Vaccination North-Western Provinces 1866-1877 - 1866-1877
Year: 1866
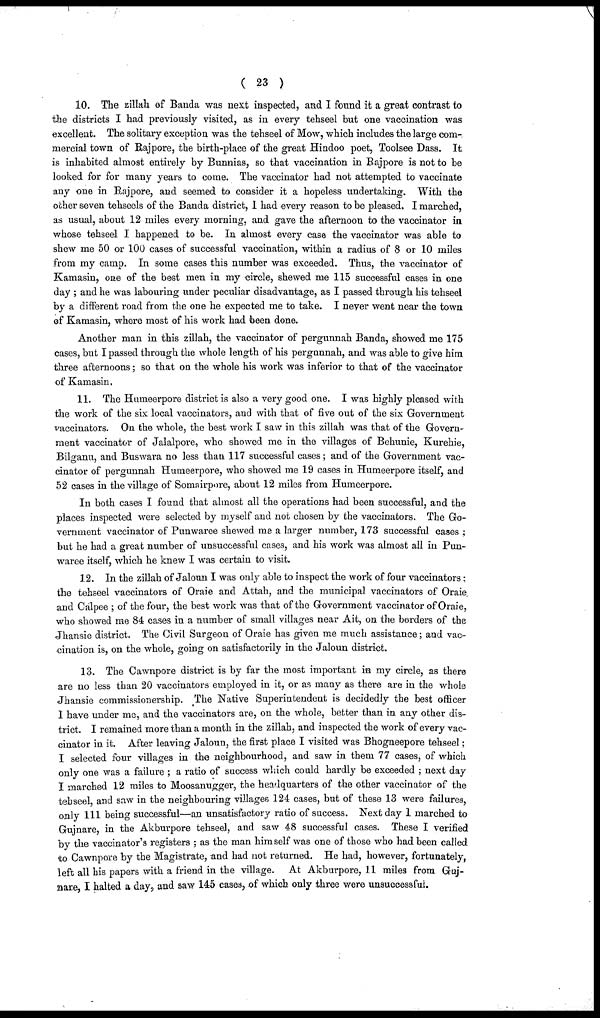
( 23 )
10. The zillah of Banda was next inspected, and I found it a great contrast to
the districts I had previously visited, as in every tehseel but one vaccination was
excellent. The solitary exception was the tehseel of Mow, which includes the large com-
mercial town of Rajpore, the birth-place of the great Hindoo poet, Toolsee Dass. It
is inhabited almost entirely by Bunnias, so that vaccination in Rajpore is not to be
looked for for many years to come. The vaccinator had not attempted to vaccinate
any one in Rajpore, and seemed to consider it a hopeless undertaking. With the
other seven tehseels of the Banda district, I had every reason to be pleased. I marched,
as usual, about 12 miles every morning, and gave the afternoon to the vaccinator in
whose tehseel I happened to be. In almost every case the vaccinator was able to
shew me 50 or 100 cases of successful vaccination, within a radius of 8 or 10 miles
from my camp. In some cases this number was exceeded. Thus, the vaccinator of
Kamasin, one of the best men in my circle, shewed me 115 successful cases in one
day ; and he was labouring under peculiar disadvantage, as I passed through his tehseel
by a different road from the one he expected me to take. I never went near the town
of Kamasin, where most of his work had been done.
Another man in this zillah, the vaccinator of pergunnah Banda, showed me 175
cases, but I passed through the whole length of his pergunnah, and was able to give him
three afternoons; so that on the whole his work was inferior to that of the vaccinator
of Kamasin.
11. The Humeerpore district is also a very good one. I was highly pleased with
the work of the six local vaccinators, and with that of five out of the six Government
vaccinators. On the whole, the best work I saw in this zillah was that of the Govern-
ment vaccinator of Jalalpore, who showed me in the villages of Behunie, Kurehie,
Bilganu, and Buswara no less than 117 successful cases; and of the Government vac-
cinator of pergunnah Humeerpore, who showed me 19 cases in Humeerpore itself, and
52 cases in the village of Somairpore, about 12 miles from Humeerpore.
In both cases I found that almost all the operations had been successful, and the
places inspected were selected by myself and not chosen by the vaccinators. The Go-
vernment vaccinator of Punwaree shewed me a larger number, 173 successful cases;
but he had a great number of unsuccessful cases, and his work was almost all in Pun¬
waree itself, which he knew I was certain to visit.
12. In the zillah of Jaloun I was only able to inspect the work of four vaccinators;
the tehseel vaccinators of Oraie and Attah, and the municipal vaccinators of Oraie
and Calpee; of the four, the best work was that of the Government vaccinator of Oraie,
who showed me 84 cases in a number of small villages near Ait, on the borders of the
Jhansie district. The Civil Surgeon of Oraie has given me much assistance; and vac-
cination is, on the whole, going on satisfactorily in the Jaloun district.
13. The Cawnpore district is by far the most important in my circle, as there
are no less than 20 vaccinators employed in it, or as many as there are in the whole
Jhansie commissionership. The Native Superintendent is decidedly the best officer
I have under me, and the vaccinators are, on the whole, better than in any other dis-
trict. I remained more than a month in the zillah, and inspected the work of every vac-
cinator in it. After leaving Jaloun, the first place I visited was Bhogneepore tehseel;
I selected four villages in the neighbourhood, and saw in them 77 cases, of which
only one was a failure ; a ratio of success which could hardly be exceeded ; next day
I marched 12 miles to Moosanugger, the headquarters of the other vaccinator of the
tehseel, and saw in the neighbouring villages 124 cases, but of these 13 were failures,
only 111 being successful—an unsatisfactory ratio of success. Next day 1 marched to
Gujnare, in the Akburpore tehseel, and saw 48 successful cases. These I verified
by the vaccinator's registers ; as the man himself was one of those who had been called
to Cawnpore by the Magistrate, and had not returned. He had, however, fortunately,
left all his papers with a friend in the village. At Akburpore, 11 miles from Guj-
nare, I halted a day, and saw 145 cases, of which only three were unsuccessful.